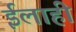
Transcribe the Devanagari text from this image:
ईलाही